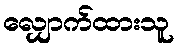
လျှောက်ထားသူ